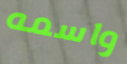
واسمه